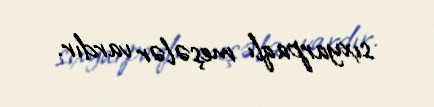
sıxyarpaqlı meşələr vardır.